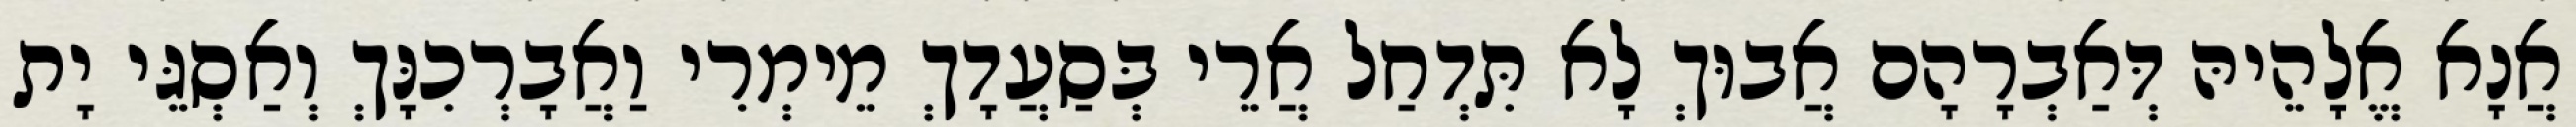
אֲנָא אֱלָהֵיהּ דְּאַבְרָהָם אֲבוּךְ לָא תִּדְחַל אֲרֵי בְּסַעֲדָךְ מֵימְרִי וַאֲבָרְכִנָּךְ וְאַסְגֵּי יָת